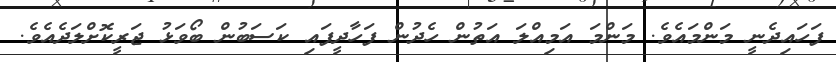
ފަހައިދެނީ މަންމައެވެ. މަންމަ އަމިއްލަ އަތުން ހެދުން ފަހާދީފައި ކަސަބުން ބޯވަޅު ޖަރީކޮށްލަދެއެވެ.